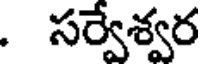
. సర్వేశ్వర